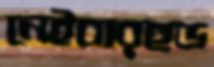
নেইবারহুড